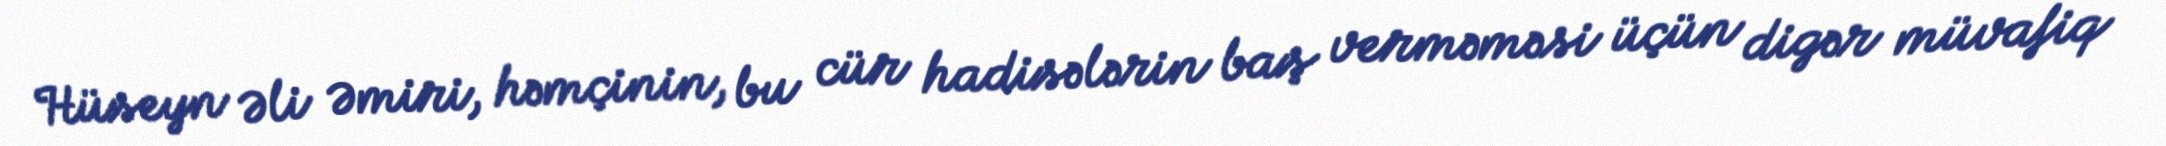
Hüseyn Əli Əmiri, həmçinin, bu cür hadisələrin baş verməməsi üçün digər müvafiq